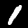
Label: 1